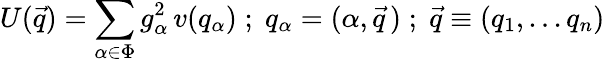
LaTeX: U(\vec{q})=\sum_{\alpha\in\Phi}g_{\alpha}^{2}\, v(q_{\alpha})\; ;\; q_{\alpha}=(\alpha,\vec{q}\, )\; ;\; \vec{q}\equiv(q_{1},...q_{n})